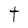
Character: t